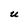
Character: U